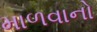
માળવાનો